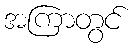
အကြာတွင်